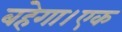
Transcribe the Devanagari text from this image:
बहेगा।एक